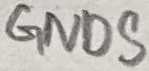
Text: GNDS